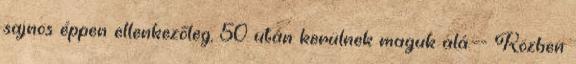
sajnos éppen ellenkezőleg, 50 után kerülnek maguk alá.—- Közben